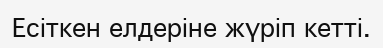
Есіткен елдеріне жүріп кетті.